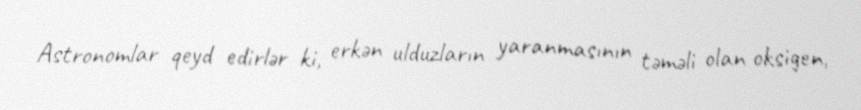
Astronomlar qeyd edirlər ki, erkən ulduzların yaranmasının təməli olan oksigen,